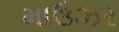
માઉઝર